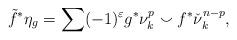
LaTeX: \begin{align*}\tilde f^{*}\eta_{g}=\sum(-1)^{\varepsilon} g^* \nu_{k}^{p}\smallsmile f^* \check\nu_k^{n-p},\end{align*}